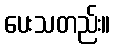
ပေးသတည်း။